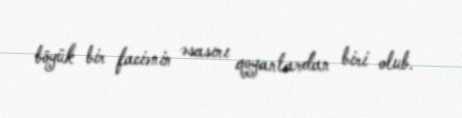
böyük bir faciənin əsasını qoyanlardan biri olub.